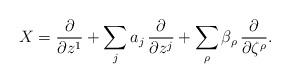
LaTeX: \begin{align*}X = \frac {\partial} {\partial z^1} + \sum_j a_j \, \frac {\partial} {\partial z^j} + \sum_\rho \beta_\rho \, \frac {\partial} {\partial \zeta^\rho}.\end{align*}